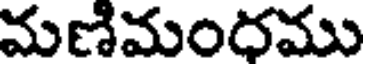
మణిమంధము